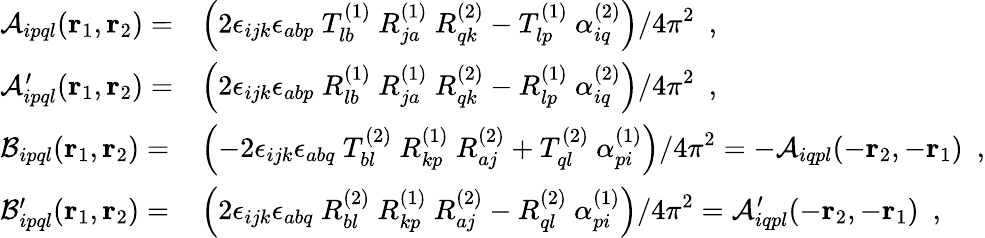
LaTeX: \begin{array}{ll}{{{\cal A}_{ipql}({\mathbf r}_{1},{\mathbf r}_{2})=}}&{{{\displaystyle\left(2\epsilon_{ijk}\epsilon_{abp}~T_{lb}^{(1)}~R_{ja}^{(1)}~R_{qk}^{(2)}-T_{lp}^{(1)}~\alpha_{iq}^{(2)}\right)/4\pi^{2}~~,}}}\\ {{{\cal A}_{ipql}^{\prime}({\mathbf r}_{1},{\mathbf r}_{2})=}}&{{{\displaystyle\left(2\epsilon_{ijk}\epsilon_{abp}~R_{lb}^{(1)}~R_{ja}^{(1)}~R_{qk}^{(2)}-R_{lp}^{(1)}~\alpha_{iq}^{(2)}\right)/4\pi^{2}~~,}}}\\ {{{\cal B}_{ipql}({\mathbf r}_{1},{\mathbf r}_{2})=}}&{{{\displaystyle\left(-2\epsilon_{ijk}\epsilon_{abq}~T_{bl}^{(2)}~R_{kp}^{(1)}~R_{aj}^{(2)}+T_{ql}^{(2)}~\alpha_{pi}^{(1)}\right)/4\pi^{2}=-{\cal A}_{iqpl}(-{\mathbf r}_{2},-{\mathbf r}_{1})~~,}}}\\ {{{\cal B}_{ipql}^{\prime}({\mathbf r}_{1},{\mathbf r}_{2})=}}&{{{\displaystyle\left(2\epsilon_{ijk}\epsilon_{abq}~R_{bl}^{(2)}~R_{kp}^{(1)}~R_{aj}^{(2)}-R_{ql}^{(2)}~\alpha_{pi}^{(1)}\right)/4\pi^{2}={\cal A}_{iqpl}^{\prime}(-{\mathbf r}_{2},-{\mathbf r}_{1})~~,}}}\end{array}